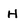
Character: H